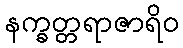
နက္ခတ္တရာဇာရိဝ